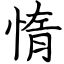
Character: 惰